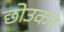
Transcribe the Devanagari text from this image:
छोउकर